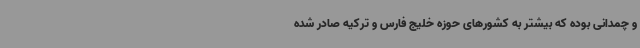
و چمدانی بوده که بیشتر به کشورهای حوزه خلیج فارس و ترکیه صادر شده